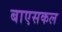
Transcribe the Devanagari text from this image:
बाएसकल